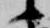
候